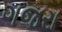
ગજરા